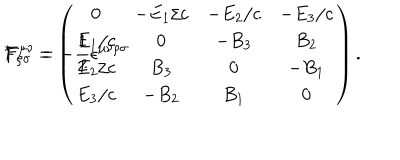
F ^ { \mu \nu } = - \frac { 1 } { 2 } \epsilon ^ { \mu \nu \rho \sigma } \hspace { 0 . 8 m m } { ^ * } \hspace { - 0 . 8 m m } F _ { \rho \sigma } = \left( \begin{array} { c c c c } { { 0 } } & { { - E _ { 1 } / c } } & { { - E _ { 2 } / c } } & { { - E _ { 3 } / c } } \\ { { E _ { 1 } / c } } & { { 0 } } & { { - B _ { 3 } } } & { { B _ { 2 } } } \\ { { E _ { 2 } / c } } & { { B _ { 3 } } } & { { 0 } } & { { - B _ { 1 } } } \\ { { E _ { 3 } / c } } & { { - B _ { 2 } } } & { { B _ { 1 } } } & { { 0 } } \\ \end{array} \right) .